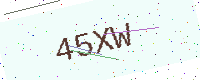
Text: 45XW